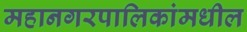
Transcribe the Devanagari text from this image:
महानगरपालिकांमधील